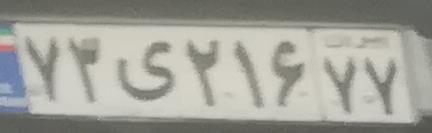
۷۳ی۲۱۶۷۷